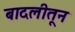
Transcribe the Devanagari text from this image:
बादलीतून